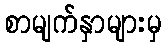
စာမျက်နှာများမှ